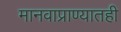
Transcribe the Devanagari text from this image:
मानवाप्राण्यातही